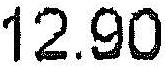
12.90